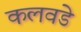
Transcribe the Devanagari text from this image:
कलवडे